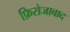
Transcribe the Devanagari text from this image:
फ़िरोजाबाद